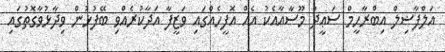
އަލްފާޟިލް އިބްރާހީމް ސަޢީދު މޫސާއާއެކު އެއް އޮފީހެއްގައި ވަޒީފާ އަދާކުރެއްވި ބޭފުޅުން ވިދާޅުވާގޮތުގައި